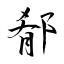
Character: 郩